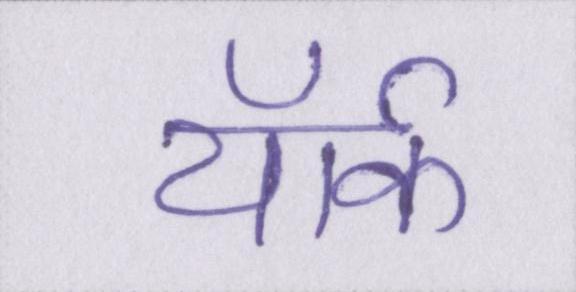
यॉर्क